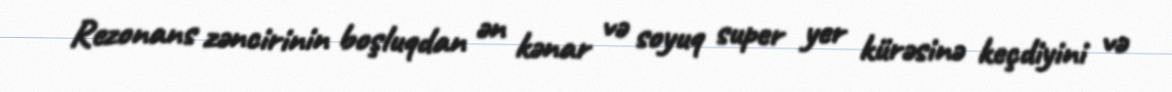
Rezonans zəncirinin boşluqdan ən kənar və soyuq super yer kürəsinə keçdiyini və